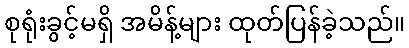
စုရုံးခွင့်မရှိ အမိန့်များ ထုတ်ပြန်ခဲ့သည်။